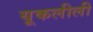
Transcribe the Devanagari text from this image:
यूकलीली